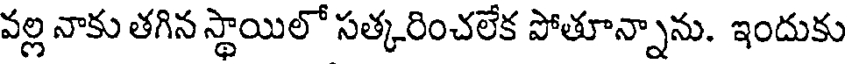
వల్ల నాకు తగిన స్థాయిలో సత్కరించలేక పోతూన్నాను. ఇందుకు